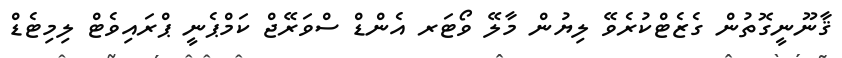
ޤާނޫނީގޮތުން ގެޒެޓްކުރެވޭ ލިޔުން މާލޭ ވޯޓަރ އެންޑް ސްވަރޭޖް ކަމްޕެނީ ޕްރައިވެޓް ލިމިޓެޑް